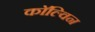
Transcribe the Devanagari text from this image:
काॅल्विन